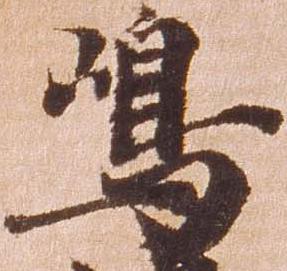
嶋